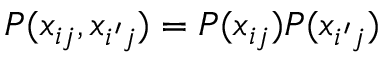
P ( x _ { i j } , x _ { i ^ { \prime } j } ) = P ( x _ { i j } ) P ( x _ { i ^ { \prime } j } )